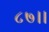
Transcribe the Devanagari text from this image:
८७।।